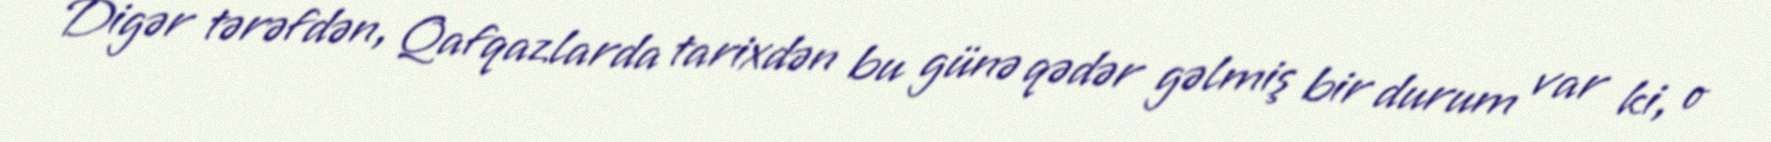
Digər tərəfdən, Qafqazlarda tarixdən bu günə qədər gəlmiş bir durum var ki, o